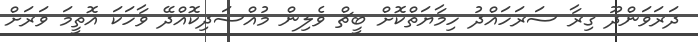
ދަރަވަންދޫ ގިރާ ސަރަހައްދު ހިމާޔަތްކޮށް ބީޗް ވެލިން މުއްސަދިކޮއްދޭ ވާހަކަ އޮތީމަ ވަރަށް